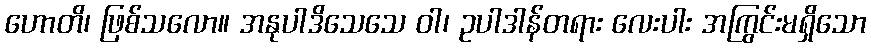
ဟောတိ၊ ဖြစ်သလော။ အနုပါဒိသေသေ ဝါ၊ ဥပါဒါန်တရား လေးပါး အကြွင်းမရှိသော